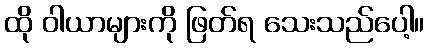
ထို ဝါယာများကို ဖြတ်ရ သေးသည်ပေါ့။